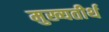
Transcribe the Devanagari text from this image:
मुख्यतीर्थ